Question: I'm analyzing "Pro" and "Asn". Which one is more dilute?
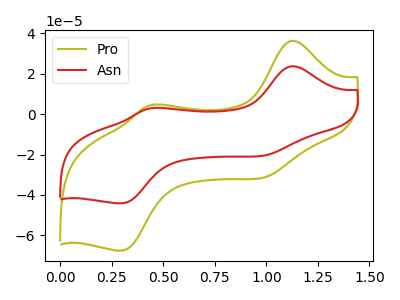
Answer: <think>The olive curve "Pro" has anodic peaks at (1.15V, 36.40uA) (0.45V, 4.75uA) and cathodic peaks at (1.00V, -30.75uA) (0.30V, -67.55uA). The red curve "Asn" has anodic peaks at (1.15V, 23.80uA) (0.45V, 3.10uA) and cathodic peaks at (1.00V, -20.05uA) (0.30V, -44.10uA).
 All the peaks in "Pro" have a peak in "Asn" at the same potential. Every peak in "Pro" is higher than every peak in "Asn".</think>
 <answer>"Pro" has more signal than "Asn" and so likely has a higher concentration.</answer>
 <eval>more_concentration</eval>